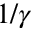
1 / \gamma